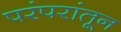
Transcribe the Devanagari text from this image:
परंपरांतून